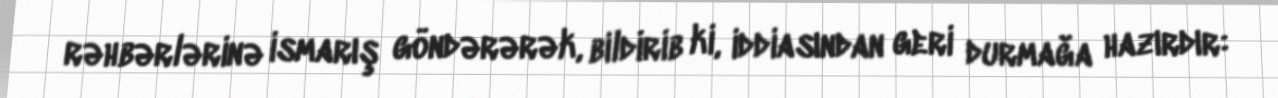
rəhbərlərinə ismarış göndərərək, bildirib ki, iddiasından geri durmağa hazırdır: